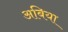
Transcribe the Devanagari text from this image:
अबिया